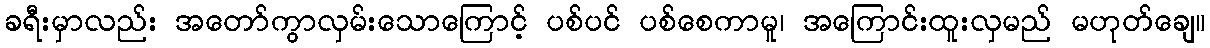
ခရီးမှာလည်း အတော်ကွာလှမ်းသောကြောင့် ပစ်ပင် ပစ်စေကာမူ၊ အကြောင်းထူးလှမည် မဟုတ်ချေ။